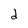
Character: d